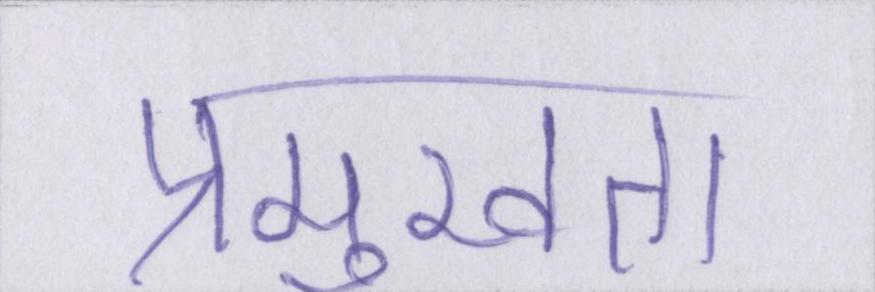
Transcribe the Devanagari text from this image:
प्रमुखता